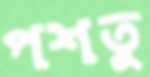
পশতু